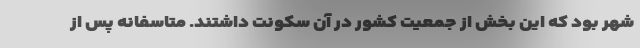
شهر بود که این بخش از جمعیت کشور در آن سکونت داشتند. متاسفانه پس از